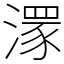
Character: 𣽁